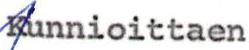
Kunnioittaen